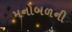
મનોબળની